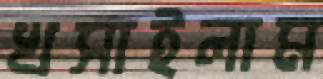
খসাইলাম